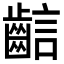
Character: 𪘎